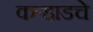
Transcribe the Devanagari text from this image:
कर्‍हाडचे